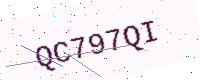
Text: QC797QI